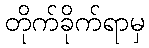
တိုက်ခိုက်ရာမှ